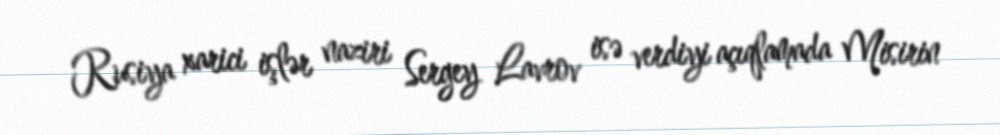
Rusiya xarici işlər naziri Sergey Lavrov isə verdiyi açıqlamada Misirin